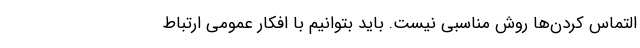
التماس کردن‌ها روش مناسبی نیست. باید بتوانیم با افکار عمومی ارتباط